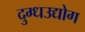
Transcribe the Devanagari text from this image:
दुग्धउद्योग